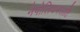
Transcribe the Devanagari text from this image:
नेपोलियनसाठि